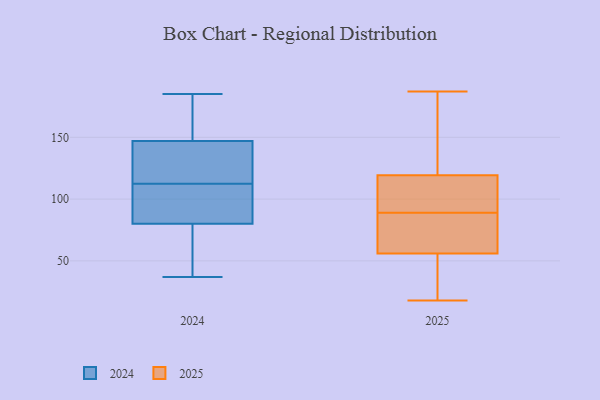
{"axis": {"x": "Population (Million)", "y": "Value"}, "legend": ["2024", "2025"], "data": [{"x": "", "y": 64, "type": "2024"}, {"x": "", "y": 54, "type": "2024"}, {"x": "", "y": 80, "type": "2024"}, {"x": "", "y": 118, "type": "2024"}, {"x": "", "y": 150, "type": "2024"}, {"x": "", "y": 169, "type": "2024"}, {"x": "", "y": 88, "type": "2024"}, {"x": "", "y": 37, "type": "2024"}, {"x": "", "y": 116, "type": "2024"}, {"x": "", "y": 104, "type": "2024"}, {"x": "", "y": 115, "type": "2024"}, {"x": "", "y": 110, "type": "2024"}, {"x": "", "y": 147, "type": "2024"}, {"x": "", "y": 185, "type": "2024"}, {"x": "", "y": 23, "type": "2025"}, {"x": "", "y": 111, "type": "2025"}, {"x": "", "y": 99, "type": "2025"}, {"x": "", "y": 59, "type": "2025"}, {"x": "", "y": 20, "type": "2025"}, {"x": "", "y": 114, "type": "2025"}, {"x": "", "y": 53, "type": "2025"}, {"x": "", "y": 69, "type": "2025"}, {"x": "", "y": 64, "type": "2025"}, {"x": "", "y": 89, "type": "2025"}, {"x": "", "y": 187, "type": "2025"}, {"x": "", "y": 57, "type": "2025"}, {"x": "", "y": 105, "type": "2025"}, {"x": "", "y": 18, "type": "2025"}, {"x": "", "y": 169, "type": "2025"}, {"x": "", "y": 174, "type": "2025"}, {"x": "", "y": 135, "type": "2025"}]}